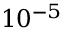
1 0 ^ { - 5 }